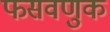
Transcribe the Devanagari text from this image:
फसवणुक